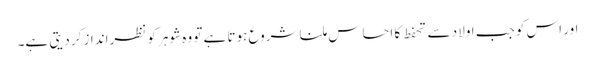
اور اس کو جب اولاد سے تحفط کا احساس ملنا شروع ہوتا ہے تو وہ شوہر کو نظرانداز کر دیتی ہے۔